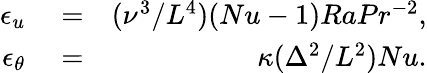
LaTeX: \begin{array}{rlr}{\epsilon_{u}}&{{}=}&{({\nu^{3}}/{L^{4}})(Nu-1)RaPr^{-2},}\\ {\epsilon_{\theta}}&{{}=}&{\kappa({\Delta^{2}}/{L^{2}})Nu.}\end{array}